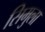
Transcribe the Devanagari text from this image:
सिमुला